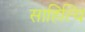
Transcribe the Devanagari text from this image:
साहित्यि